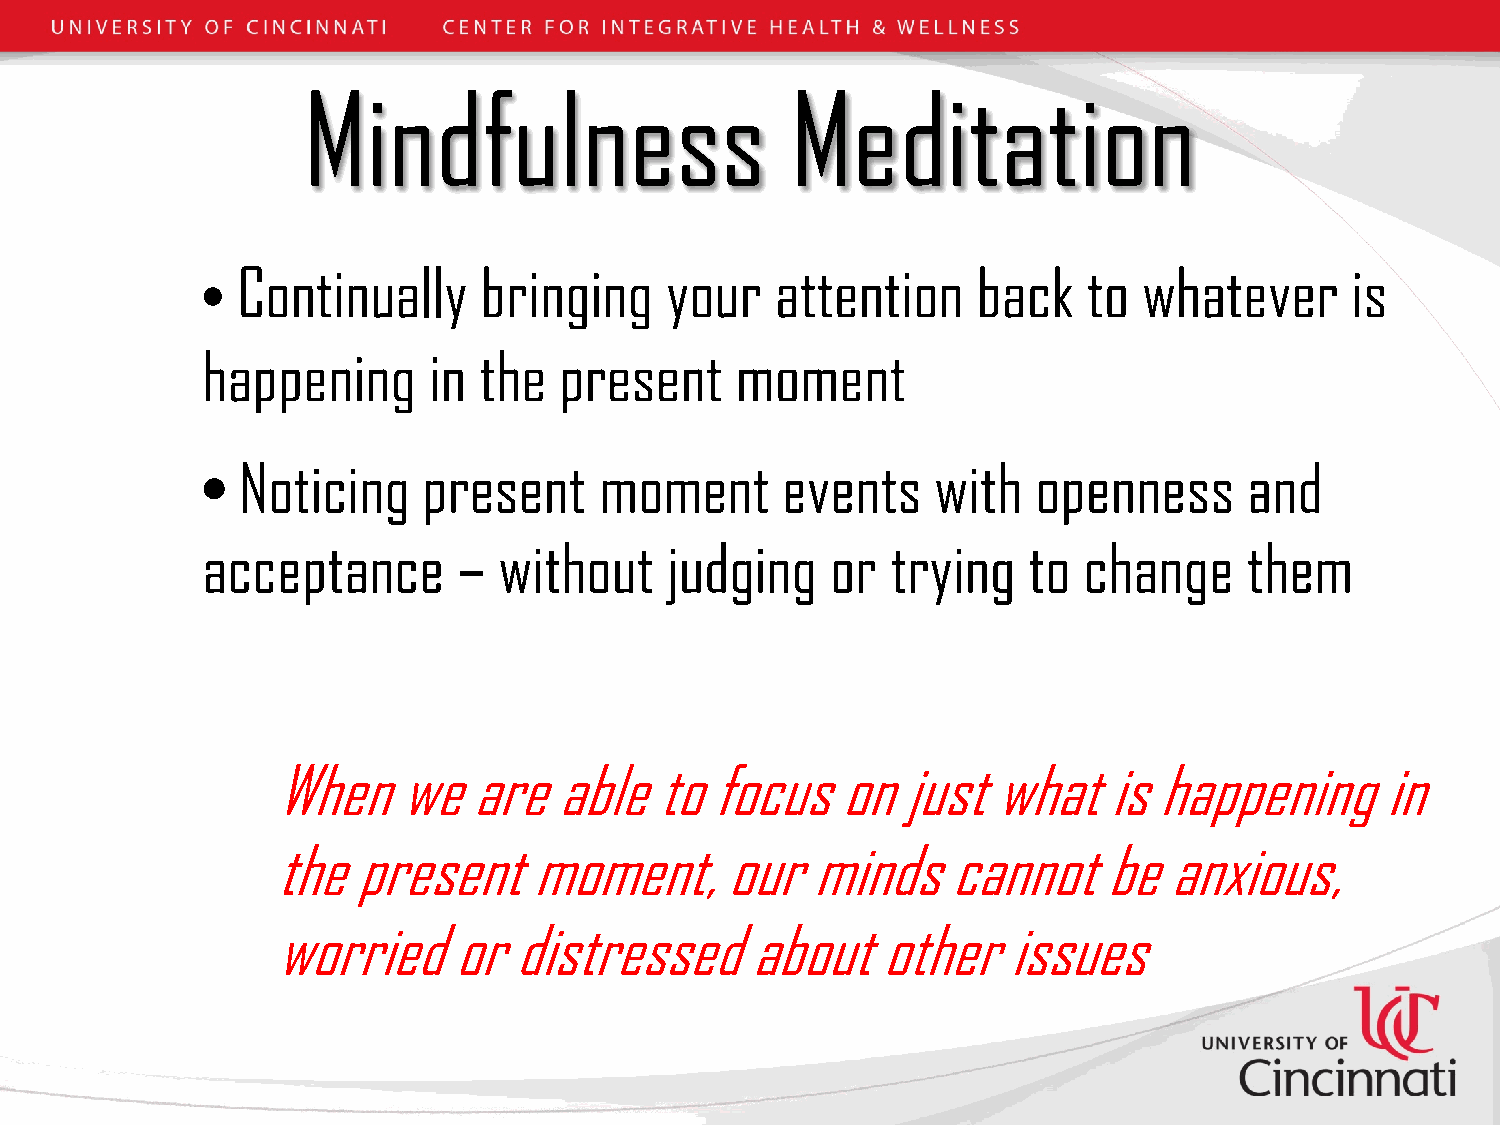
Mindfulness                     Meditation
 Continually     bringing    your   attention     back   to  whatever     is
 •
 happening      in  the  present     moment
 Noticing    present     moment      events    with   openness      and
 •
 acceptance       –  without    judging    or  trying   to  change     them
 When    we   are   able  to  focus    on  just  what   is  happening      in
 the  present     moment,      our   minds    cannot    be  anxious,
 worried     or  distressed      about   other    issues